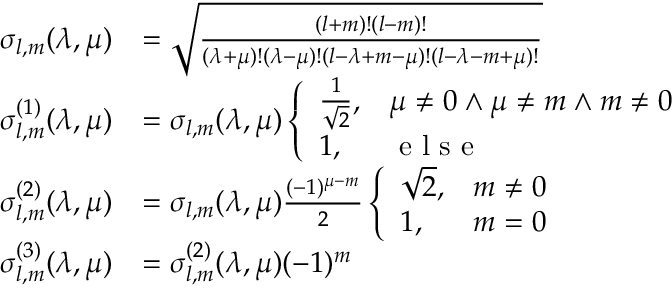
\begin{array} { r l } { \sigma _ { l , m } ( \lambda , \mu ) } & { = \sqrt { \frac { ( l + m ) ! ( l - m ) ! } { ( \lambda + \mu ) ! ( \lambda - \mu ) ! ( l - \lambda + m - \mu ) ! ( l - \lambda - m + \mu ) ! } } } \\ { \sigma _ { l , m } ^ { ( 1 ) } ( \lambda , \mu ) } & { = \sigma _ { l , m } ( \lambda , \mu ) \left\{ \begin{array} { l l } { \frac { 1 } { \sqrt { 2 } } , } & { \mu \neq 0 \land \mu \neq m \land m \neq 0 } \\ { 1 , } & { \textup { e l s e } } \end{array} \right. } \\ { \sigma _ { l , m } ^ { ( 2 ) } ( \lambda , \mu ) } & { = \sigma _ { l , m } ( \lambda , \mu ) \frac { ( - 1 ) ^ { \mu - m } } { 2 } \left\{ \begin{array} { l l } { \sqrt { 2 } , } & { m \neq 0 } \\ { 1 , } & { m = 0 } \end{array} \right. } \\ { \sigma _ { l , m } ^ { ( 3 ) } ( \lambda , \mu ) } & { = \sigma _ { l , m } ^ { ( 2 ) } ( \lambda , \mu ) ( - 1 ) ^ { m } } \end{array}